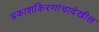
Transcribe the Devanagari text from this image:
प्रकाशकिरणांचादेखील